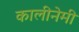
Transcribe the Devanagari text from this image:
कालीनेमी